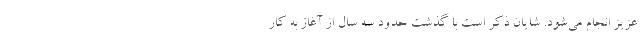
عزیز انجام می‌شود. شایان ذکر است با گذشت حدود سه سال از آغاز به کار